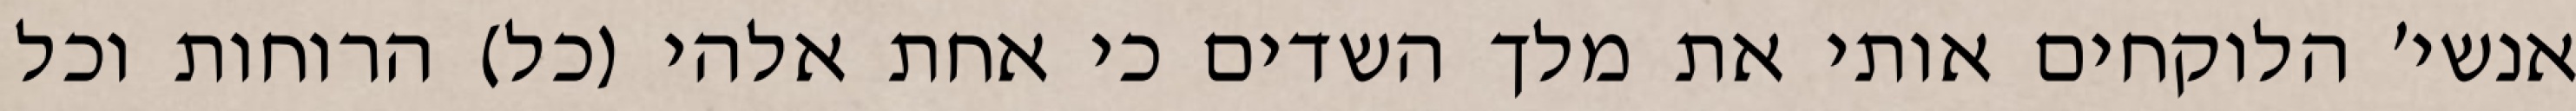
אנשי׳ הלוקחים אותי את מלך השדים כי אחת אלהי (כל) הרוחות וכל